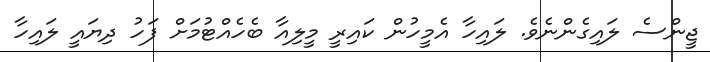
ޖީންސެ ލައިގެންނެވެ. ލައިހާ އެމީހުން ކައިރީ މީލިއާ ބެހެއްޓުމަށް ފަހު ދިޔައީ ލައިހާ